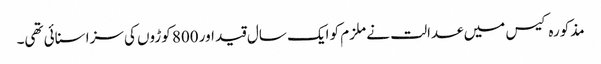
مذکورہ کیس میں عدالت نے ملزم کو ایک سال قید اور 800 کوڑوں کی سزا سنائی تھی۔